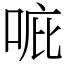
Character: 𠳓